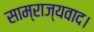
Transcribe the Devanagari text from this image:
साम्राज्यवाद।